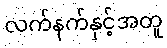
လက်နက်နှင့်အတူ